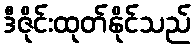
ဒီဇိုင်းထုတ်နိုင်သည်